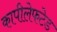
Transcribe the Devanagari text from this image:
कापीलेफटेड